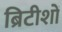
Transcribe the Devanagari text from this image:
ब्रिटीशों